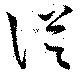
從